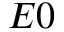
E 0